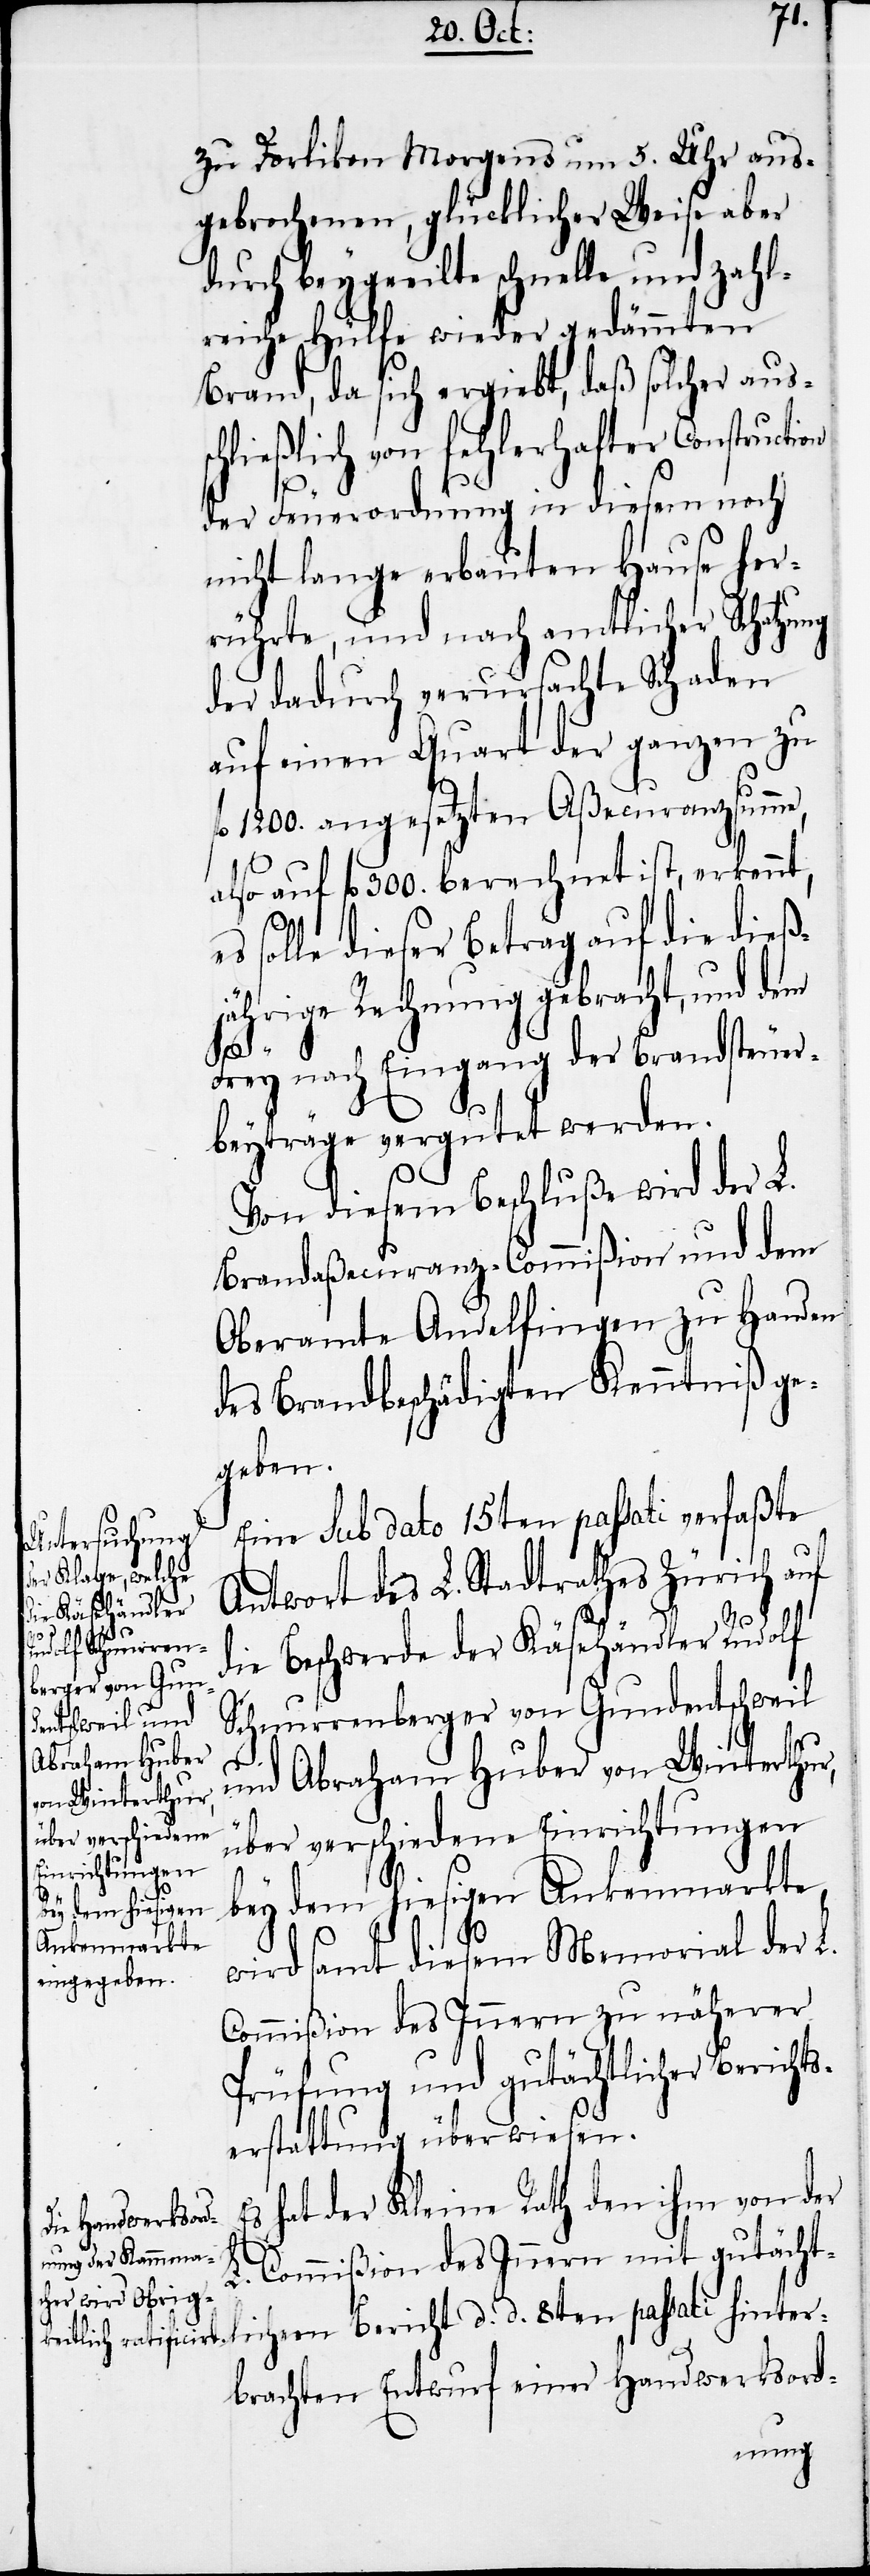
zu Dorlikon Morgens um 5. Uhr aus¬
gebrochenen, glücklicher Weise aber
durch beygeeilte schnelle und zahl¬
reiche Hülfe wieder gedämmten
Brand, da sich ergiebt, daß solcher auss¬
chließlich von fehlerhafter Construction
der Feuerordnung in diesem noch
nicht lange erbauten Hause her¬
rührte, und nach amtlicher Schatzung
der dadurch verursachte Schaden
auf einen Quart der ganzen zu
fl 1200. angesetzten Aßecuranzsumme,
also auf fl 300. berechnet ist, erkennt,
solle dieser Betrag auf die dieß¬
jährige Rechnung gebracht, und dem
Frey nach Eingang der Brandsteuer¬
beyträge vergutet werden.
Von diesem Beschluße wird der L.
Brandaßecuranz-Commißion und dem
Oberamte Andelfingen zu Handen
des Brandbeschädigten Kenntniß ge¬
geben.
Eine sub dato 15ten passati verfaßte
Antwort des L. Stadtrathes Zürich auf
d.
hinter¬
d.
die Beschwerde der Käsehändler Rudolf
Schnurrenberger von Gundentschweil
und Abraham Huber von Winterthur,
über verschiedene Einrichtungen
bey dem hiesigen
Ankenmarkte,
wird samt diesem Memorial der L.
Commißion des Innern zu näherer
Prüfung und gutächtlicher Berichts¬
erstattung überwiesen.
s hat der Kleine Rath den ihm von der
E¬
L. Commißion des Innern mit gutächt¬
brachten Entwurf einer Handwerksord-